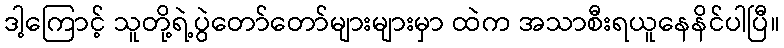
ဒါ့ကြောင့် သူတို့ရဲ့ပွဲတော်တော်များများမှာ ထဲက အသာစီးရယူနေနိင်ပါပြီ။